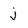
Character: j